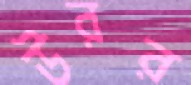
উরর